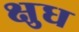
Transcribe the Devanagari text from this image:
क्षुध